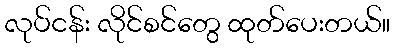
လုပ်ငန်း လိုင်စင်တွေ ထုတ်ပေးတယ်။